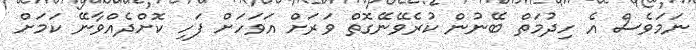
ނަމަވެސް އެ ހިދުމަތް ބޭނުން ކުރެވޭނޭގޮތް ވަރަށް އަވަހަށް ފަހި ކޮށްދެއްވާނޭ ކަަމަށް